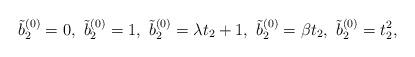
LaTeX: \begin{align*}\tilde{b}_{2}^{(0)} =0,\ \tilde{b}_{2}^{(0)} = 1,\ \tilde{b}_{2}^{(0)} = \lambda t_{2} + 1,\ \tilde{ b}_{2}^{(0)} = \beta t_{2},\ \tilde{b}_{2}^{(0)} = t_{2}^{2},\end{align*}